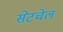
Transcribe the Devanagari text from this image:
सेटचेल